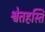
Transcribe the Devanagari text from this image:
श्वेतहस्ति